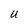
Character: U